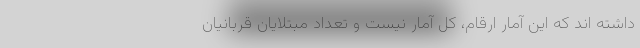
داشته اند که این آمار ارقام، کل آمار نیست و تعداد مبتلایان قربانیان